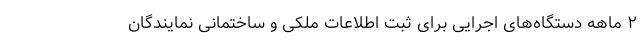
۲ ماهه دستگاه‌های اجرایی برای ثبت اطلاعات ملکی و ساختمانی نمایندگان